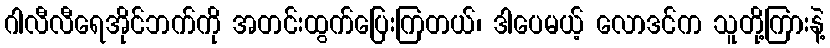
ဂါလီလီရေအိုင်ဘက်ကို အတင်းထွက်ပြေးကြတယ်၊ ဒါပေမယ့် လောဒင်က သူတို့ကြားနဲ့